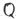
Text: Q